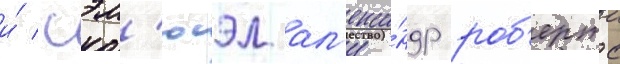
и́ сэм'юэл ал'екса́ндр роб'ертс